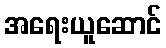
အရေးယူဆောင်